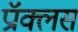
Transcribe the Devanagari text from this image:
प्रॉक्लस